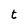
Character: t